Riigikantselei, lk 10
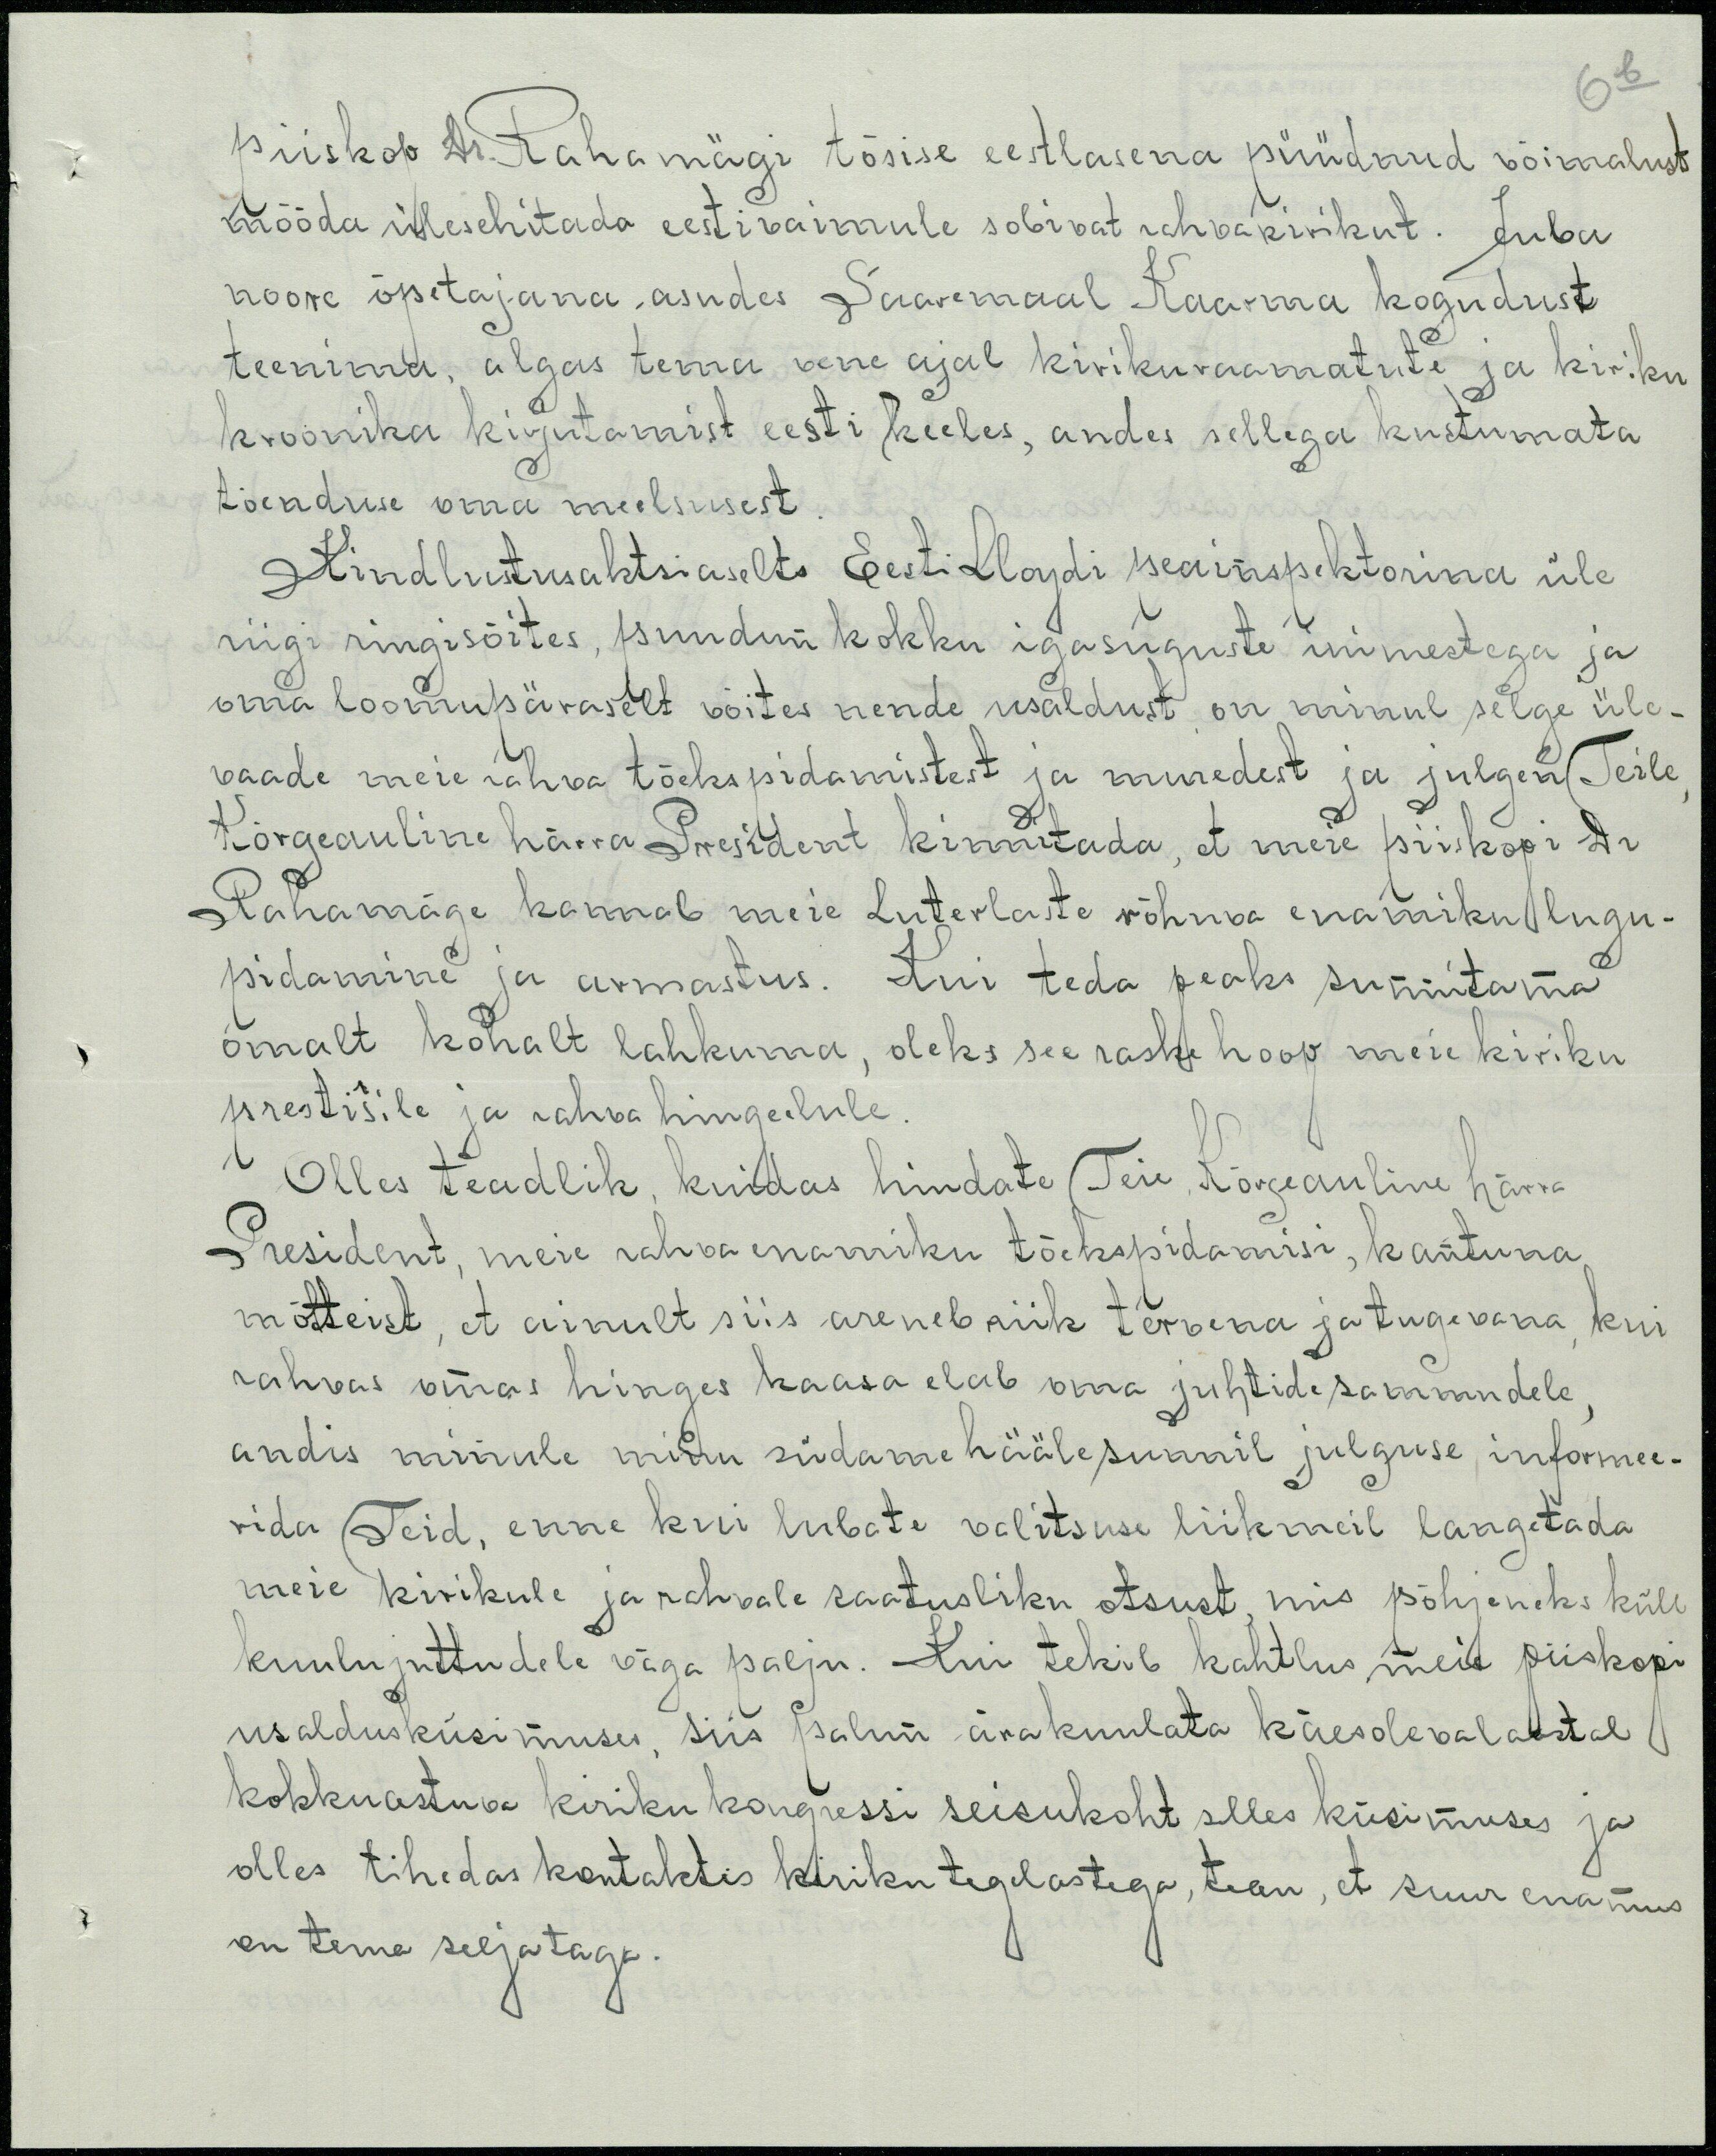
piiskop Dr. Rahamägi tõsise eestlasena püüdnud võimalust
mööda ülesehitada eesti vaimule sobivat rahvakirikut. Juba
noore õpetajana asudes Saaremaal Kaarma kogudust
teenima, algas tema vene ajal kirikuraamatute ja kiriku
kroonika kirjutamist eesti keeles, andes sellega kustumata
tõenduse oma meelsusest.
Kindlustusaktsiaselts Eesti Lloydi peainspektorina üle
riigi ringisõites, puudun kokku igasuguste inimestega ja
oma loomupäraselt võites nende usaldust, on minul selge üle-
vaade meie rahva tõekspidamistest ja muredest ja julgen Teile,
Kõrgeauline härra President kinnitada, et meie piiskopi hr
Rahamäge kannab meie Luterlaste rõhuva enamiku lugu-
pidamine ja armastus. Kui teda peaks sunnitama
omalt kohalt lahkuma, oleks see raske hoop meie kiriku
prestišile ja rahva hingelule
Olles teadlik, kuidas hindate (Teie Kõrgeauline härra
President, meie rahva enamiku tõekspidamisi, kantuna
mõtteist, et ainult siis areneb riik tervena ja tugevana kui
rahvas omas hinges kaasa elab oma juhtide sammudele,
andis minule minu südame hääle sunnil julguse informee-
rida Teid, enne kui lubate valitsuse liikmeil langetada
meie kirikule ja rahvale saatusliku otsust, mis põhjeneks küll
kuulujuttudele väga palju. Kui tekib kahtlus meie piiskopi
usaldusküsimuses, siis palun ärakuulata käesoleval aastal
kokkuastuva kiriku kongressi seisukoht selles küsimuses ja
olles tihedas kontaktis kiriku tegelastega, tean, et suur enamus
on tema selja taga.